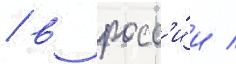
/ в росс'и́и /